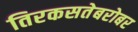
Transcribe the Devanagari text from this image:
तिरकसतेबरोबर